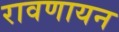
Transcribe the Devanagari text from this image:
रावणायन